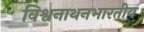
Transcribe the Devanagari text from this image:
विश्वनाथनभारतीय